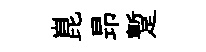
崑昻蹔